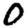
Digit: 0